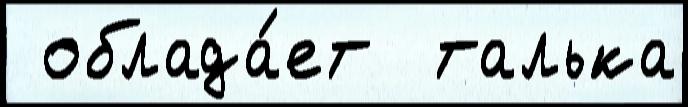
 облада́ет  талька